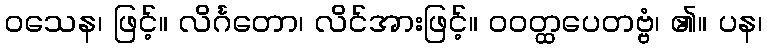
ဝသေန၊ ဖြင့်။ လိင်္ဂတော၊ လိင်အားဖြင့်။ ဝဝတ္ထပေတဗ္ဗံ၊ ၏။ ပန၊